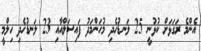
އެންމެ ރަގަޅަށް ކުޅުނީ 25 ލަނޑުހެދި މުހަންމަދު ފައިސަލްއާއި 23 ލަނޑުހެދި ހިލްމީ